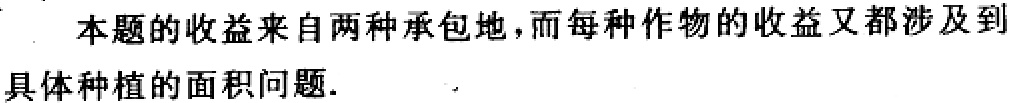
本题的收益来自两种承包地，而每种作物的收益又都涉及到
具体种植的面积问题.